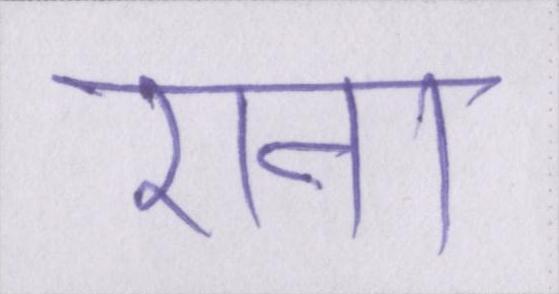
राना